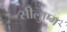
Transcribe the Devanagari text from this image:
सीलुएम